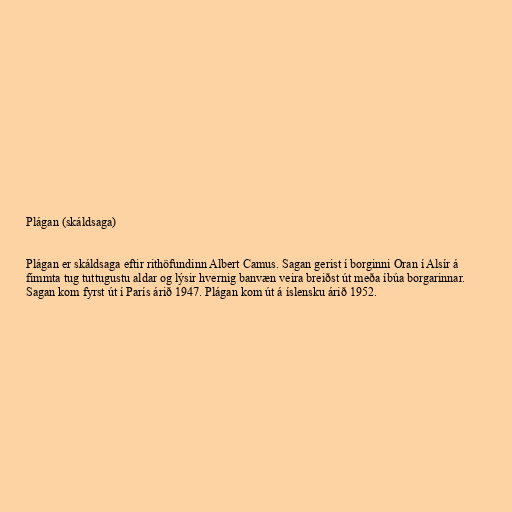
Plágan (skáldsaga)

Plágan er skáldsaga eftir rithöfundinn Albert Camus. Sagan gerist í borginni Oran í Alsír á
fimmta tug tuttugustu aldar og lýsir hvernig banvæn veira breiðst út meða íbúa borgarinnar.
Sagan kom fyrst út í París árið 1947. Plágan kom út á íslensku árið 1952.